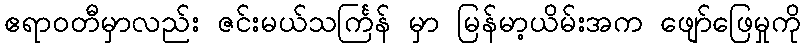
ဧရာဝတီမှာလည်း ဇင်းမယ်သင်္ကြန် မှာ မြန်မာ့ယိမ်းအက ဖျော်ဖြေမှုကို